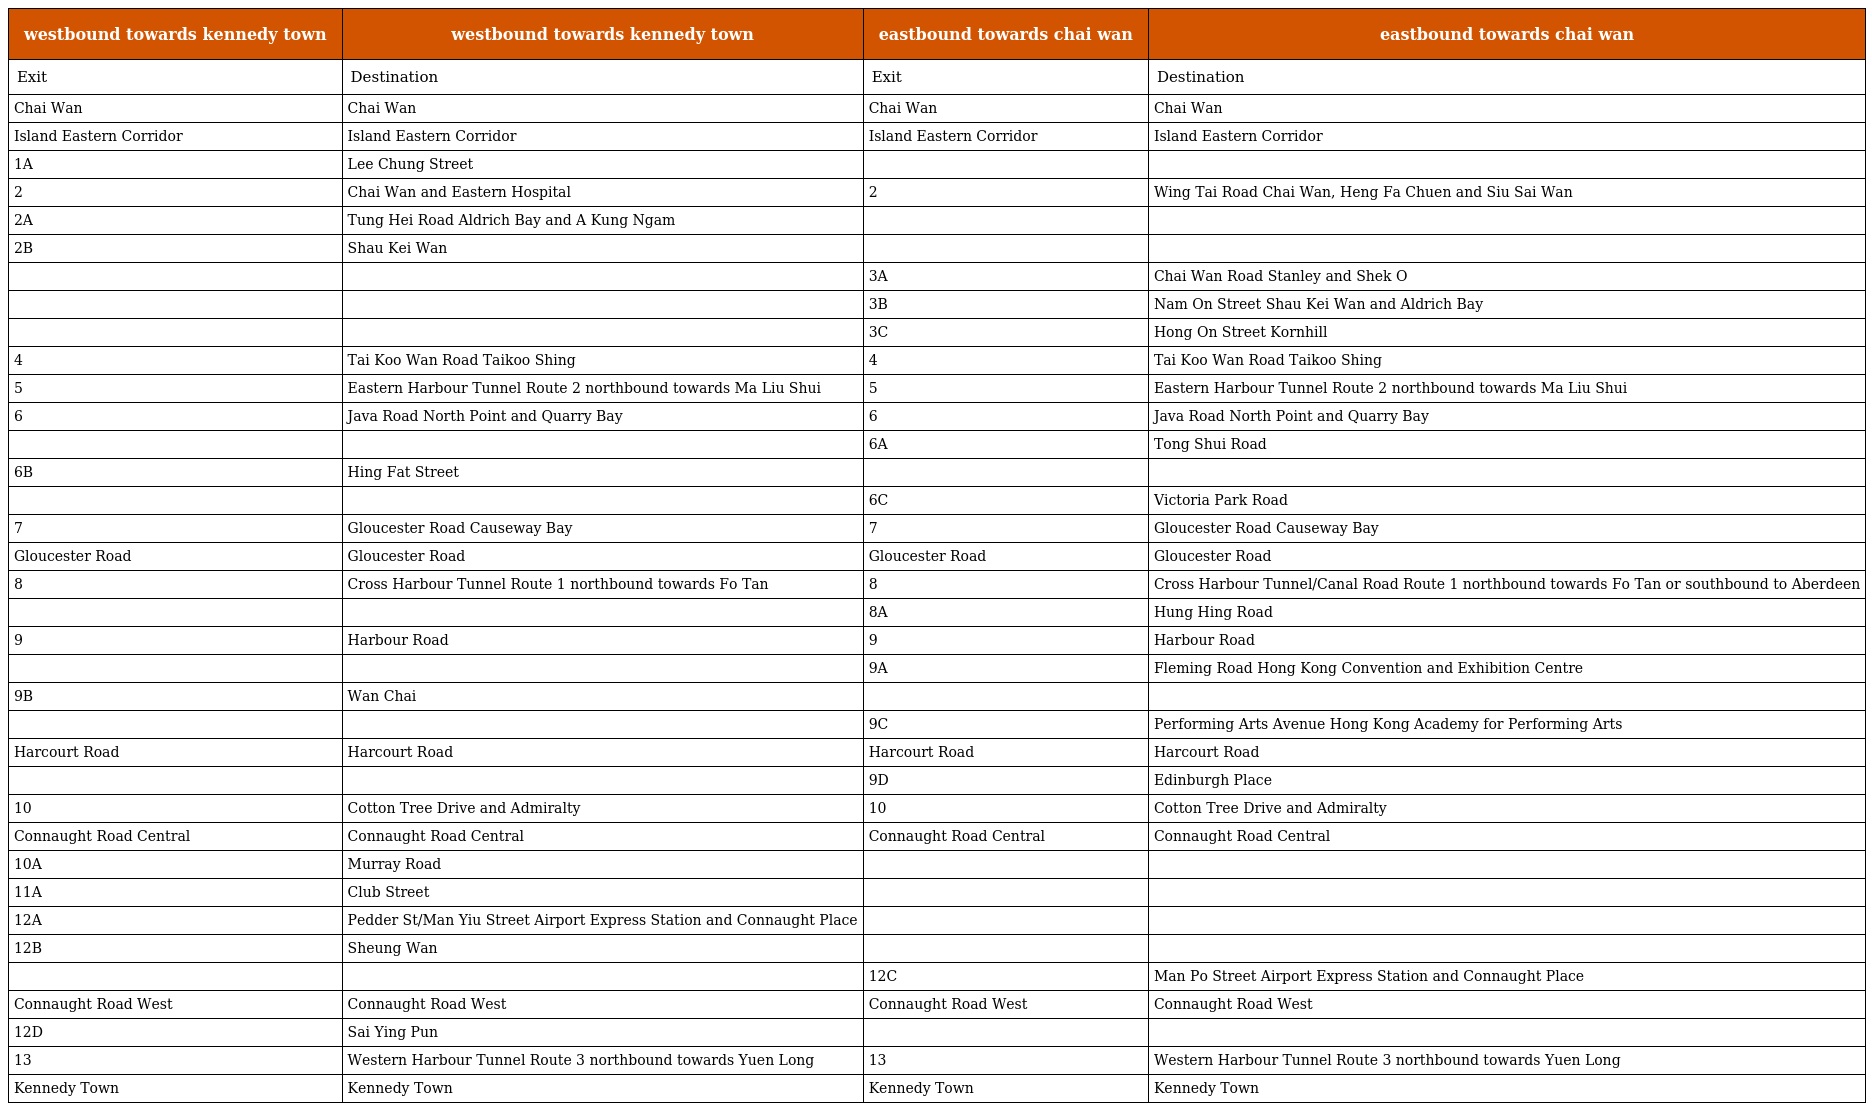
| westbound towards kennedy town | westbound towards kennedy town | eastbound towards chai wan | eastbound towards chai wan |
 | --- | --- | --- | --- |
 | Exit | Destination | Exit | Destination |
 | Chai Wan | Chai Wan | Chai Wan | Chai Wan |
 | Island Eastern Corridor | Island Eastern Corridor | Island Eastern Corridor | Island Eastern Corridor |
 | 1A | Lee Chung Street |  |  |
 | 2 | Chai Wan and Eastern Hospital | 2 | Wing Tai Road Chai Wan, Heng Fa Chuen and Siu Sai Wan |
 | 2A | Tung Hei Road Aldrich Bay and A Kung Ngam |  |  |
 | 2B | Shau Kei Wan |  |  |
 |  |  | 3A | Chai Wan Road Stanley and Shek O |
 |  |  | 3B | Nam On Street Shau Kei Wan and Aldrich Bay |
 |  |  | 3C | Hong On Street Kornhill |
 | 4 | Tai Koo Wan Road Taikoo Shing | 4 | Tai Koo Wan Road Taikoo Shing |
 | 5 | Eastern Harbour Tunnel Route 2 northbound towards Ma Liu Shui | 5 | Eastern Harbour Tunnel Route 2 northbound towards Ma Liu Shui |
 | 6 | Java Road North Point and Quarry Bay | 6 | Java Road North Point and Quarry Bay |
 |  |  | 6A | Tong Shui Road |
 | 6B | Hing Fat Street |  |  |
 |  |  | 6C | Victoria Park Road |
 | 7 | Gloucester Road Causeway Bay | 7 | Gloucester Road Causeway Bay |
 | Gloucester Road | Gloucester Road | Gloucester Road | Gloucester Road |
 | 8 | Cross Harbour Tunnel Route 1 northbound towards Fo Tan | 8 | Cross Harbour Tunnel/Canal Road Route 1 northbound towards Fo Tan or southbound to Aberdeen |
 |  |  | 8A | Hung Hing Road |
 | 9 | Harbour Road | 9 | Harbour Road |
 |  |  | 9A | Fleming Road Hong Kong Convention and Exhibition Centre |
 | 9B | Wan Chai |  |  |
 |  |  | 9C | Performing Arts Avenue Hong Kong Academy for Performing Arts |
 | Harcourt Road | Harcourt Road | Harcourt Road | Harcourt Road |
 |  |  | 9D | Edinburgh Place |
 | 10 | Cotton Tree Drive and Admiralty | 10 | Cotton Tree Drive and Admiralty |
 | Connaught Road Central | Connaught Road Central | Connaught Road Central | Connaught Road Central |
 | 10A | Murray Road |  |  |
 | 11A | Club Street |  |  |
 | 12A | Pedder St/Man Yiu Street Airport Express Station and Connaught Place |  |  |
 | 12B | Sheung Wan |  |  |
 |  |  | 12C | Man Po Street Airport Express Station and Connaught Place |
 | Connaught Road West | Connaught Road West | Connaught Road West | Connaught Road West |
 | 12D | Sai Ying Pun |  |  |
 | 13 | Western Harbour Tunnel Route 3 northbound towards Yuen Long | 13 | Western Harbour Tunnel Route 3 northbound towards Yuen Long |
 | Kennedy Town | Kennedy Town | Kennedy Town | Kennedy Town |